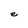
Character: e